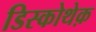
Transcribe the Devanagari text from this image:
डिस्कोथेक़